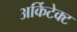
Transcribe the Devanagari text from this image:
अर्किटेक्ट